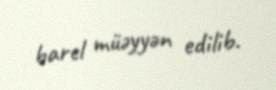
barel müəyyən edilib.